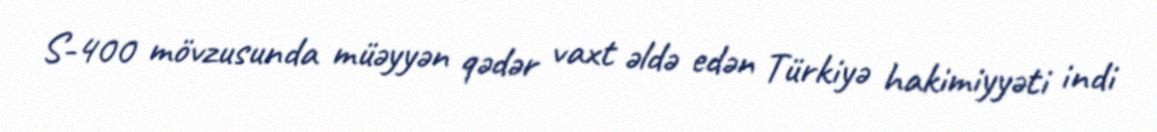
S-400 mövzusunda müəyyən qədər vaxt əldə edən Türkiyə hakimiyyəti indi